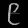
Digit: ၉